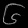
Digit: ၆